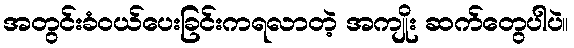
အတွင်းခံဝယ်ပေးခြင်းကရလာတဲ့ အကျိုး ဆက်တွေပါပဲ။